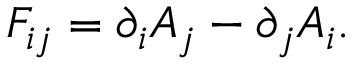
F _ { i j } = \partial _ { i } A _ { j } - \partial _ { j } A _ { i } .